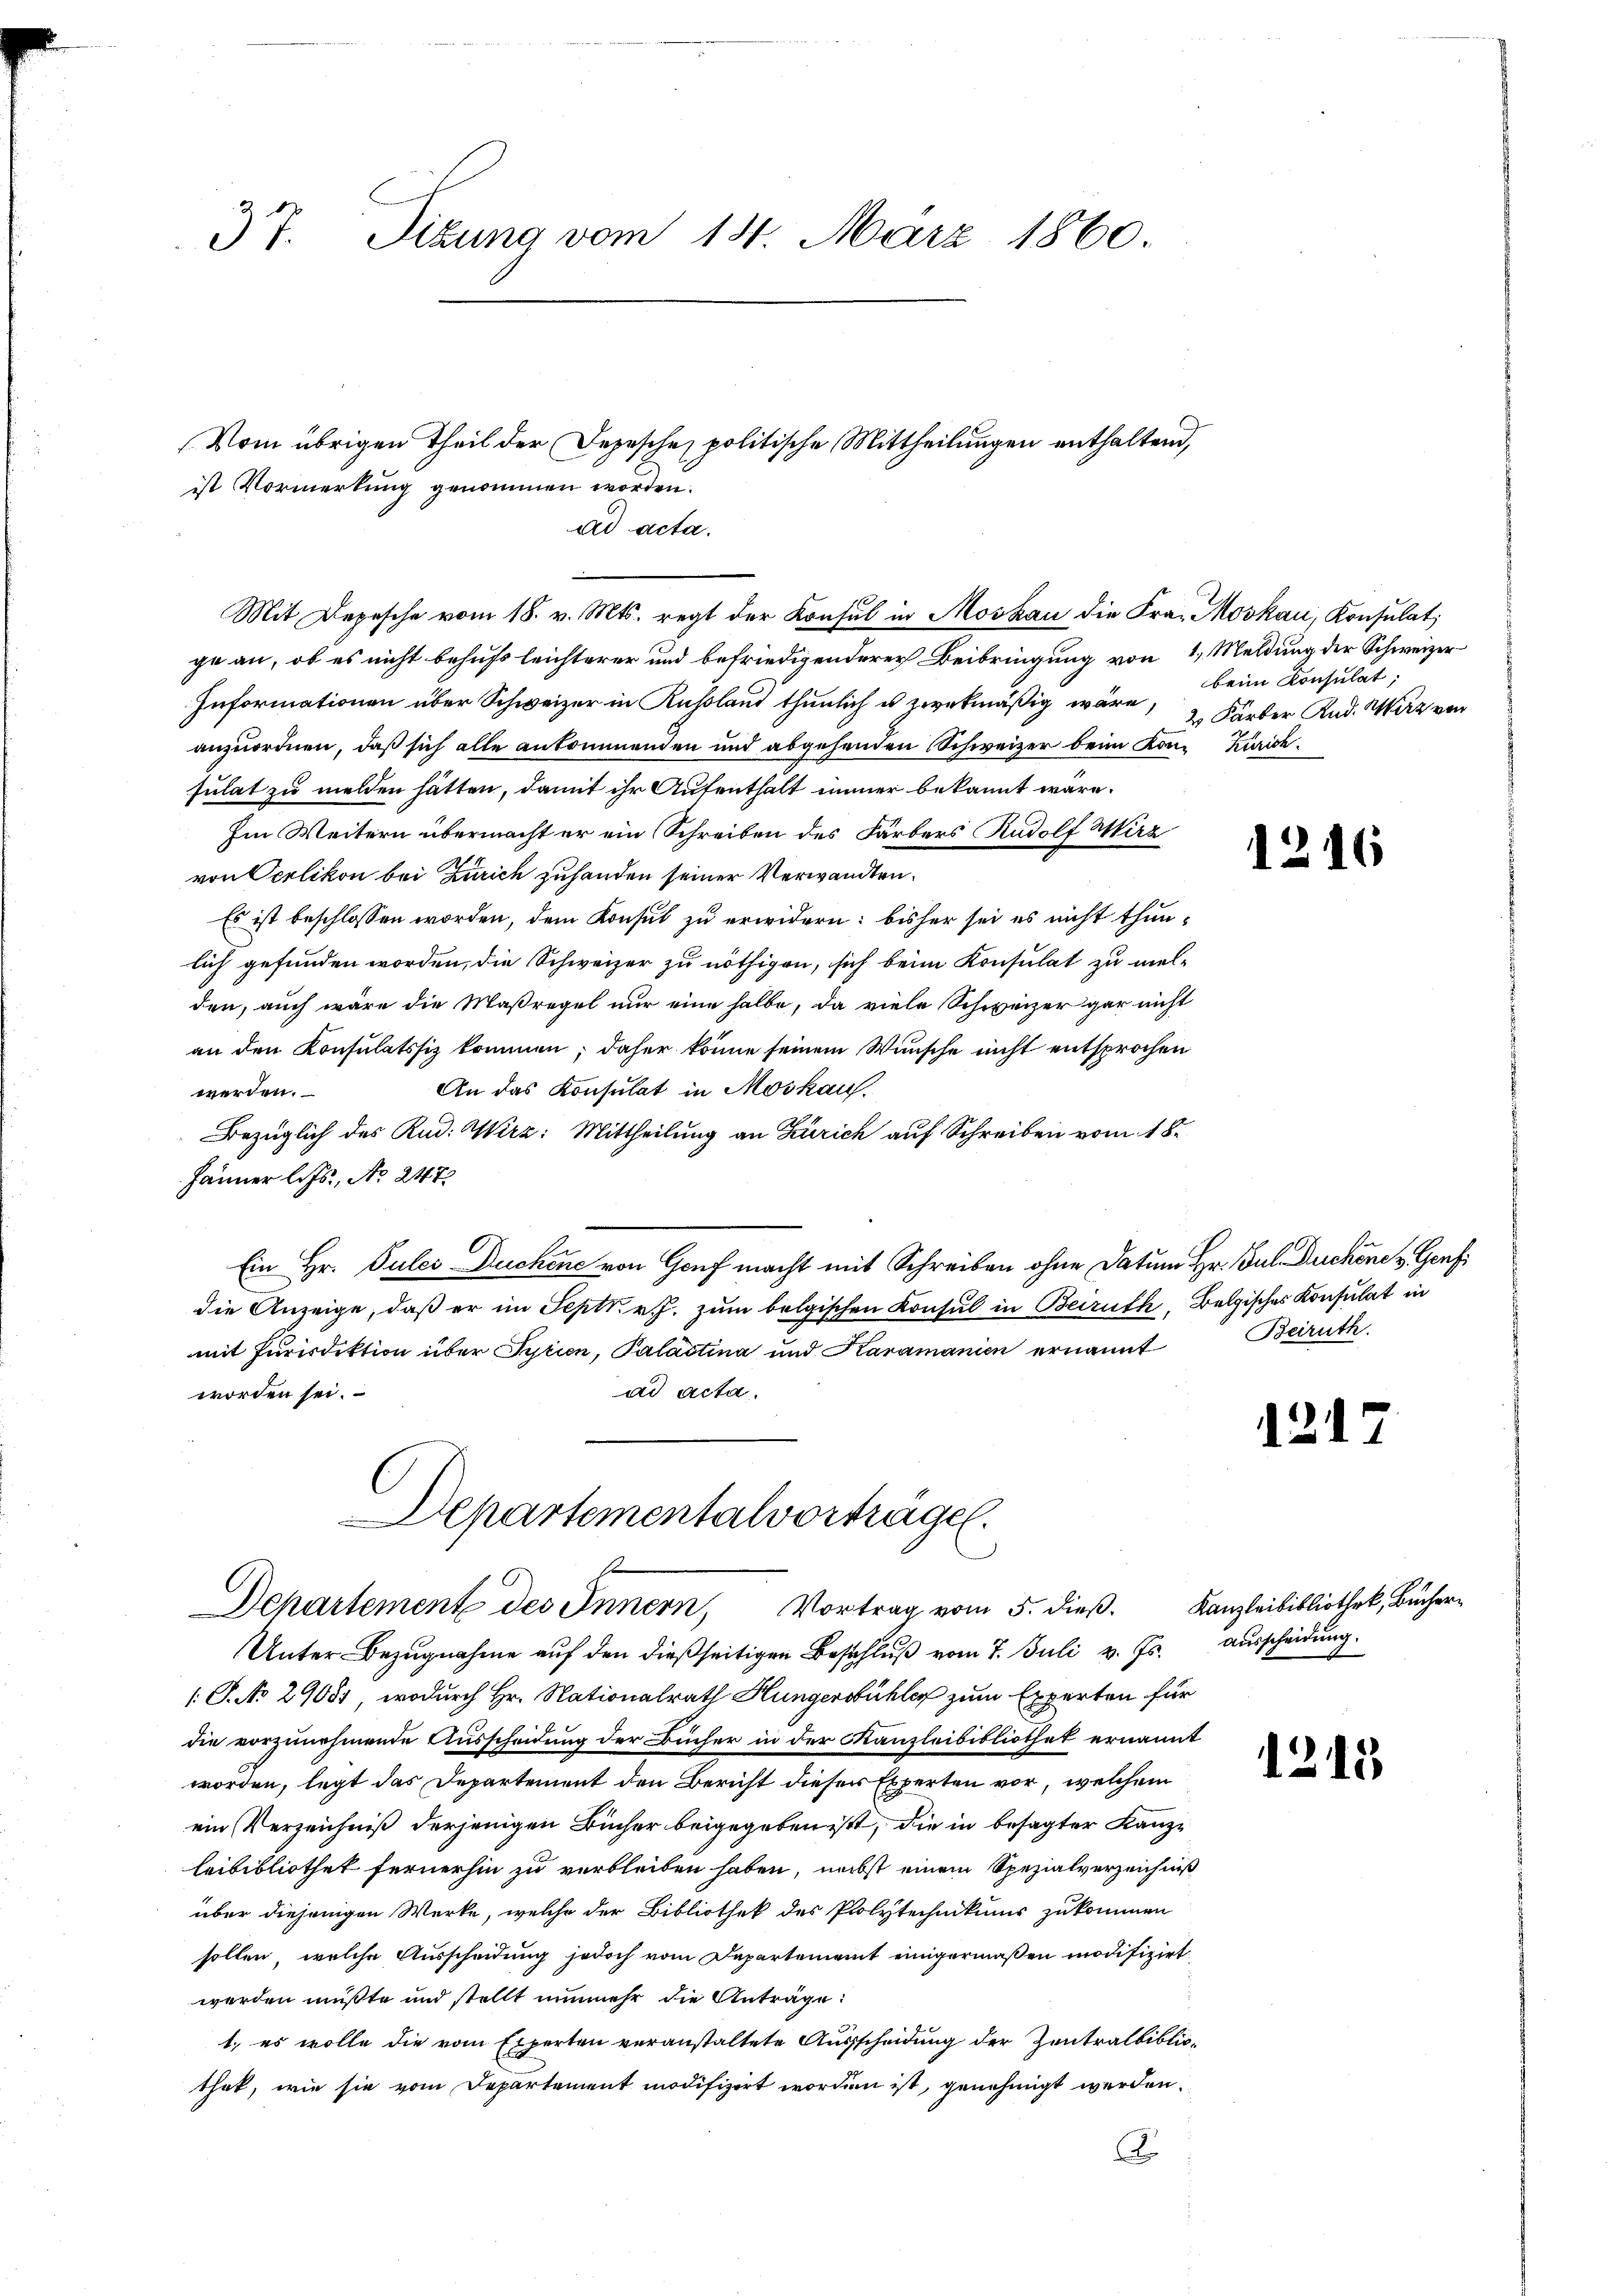
37. Sitzung vom 14. März 1860.

ist Vormerkung genommen worden.

ad acta.

Vom übrigen Theil der Depesche politische Mittheilungen enthaltend,

—

Mit Depesche vom 18. v. Mts. regt der Konsul in Moskau die Frau Moskau, Konsulat,
ge an, ob es nicht behufs leichterer und befriedigenderer Beibringung von 1 Meldung der Schweizer
Informationen über Schweizer in Rußland thunlich u zwekmäßig wäre,
anzuordnen, daß sich alle ankommenden und abgehenden Schweizer beim Kon-Kurich
sulat zu melden hätten, damit ihr Aufenthalt immer bekannt wäre.
Im Weitern übermacht er ein Schreiben des Färbers Rudolf Wirz
von Oerlikon bei Zürich zuhanden seiner Verwandten.
Es ist beschlossen worden, dem Konsul zu erwidern: bisher sei es nicht thunlich gefunden worden, die Schweizer zu nöthigen, sich beim Konsulat zu mel-
den, auch wäre die Maßregel nur eine halbe, da viele Schweizer gar nicht
an den Konsulatssiz kommen; daher könne seinem Wunsche nicht entsprochen
An das Konsulat in Moskauf.
werden.
Bezüglich des Rud. Wirz: Mittheilung an Zürich auf Schreiben vom 18.
Jänner l. Js., No 2472
O
Ein Hr. Pules Duchene von Genf macht mit Schreiben ohne Datum Hr. Jul. Duchönen Genf
die Anzeige, daß er im Sept v. J. zum belgischen Konsul in Beiruth, Belgisches Konsulat in
mit Jurisdiktion über Syrien, Palastina und Karamanien ernannt Beiruth
ad acta.
worden sei.

Departementalvorträge.
Departemente des Innern, Vortrag vom 5. dieß.

Unter Bezugnahme auf den dießseitigen Beschluß vom 7. Juli v. Js. ausscheidung.
[P. No 29081, wodurch Hr. Nationalrath Hungerstühler zum Experten für
die vorzunehmende Ausscheidung der Bücher in der Kanzleibibliothet ernannt
worden, legt das Departement den Bericht dieser Experten vor, welchem
ein Verzeichniß derjenigen Bücher beigegeben ist, die in besagter Kanzleibibliothek fernerhin zu verbleiben haben, nebst einem Spezialverzeichniß
über diejenigen Werke, welche der Bibliothek des Polytechnikums zukommen
sollen, welche Ausscheidung jedoch vom Departement einigermaßen modifizirt
werden müßte und stellt nunmehr die Anträge:
1. es wolle die vom Experten veranstaltete Ausscheidung der Zentralbibliothat, wie sie vom Departement modifizirt worden ist, genehmigt werden.
x

beim Konsulat,
2 Färber Rud. Wirz von

12

Kanzleibibliothek, Bücher¬

1215